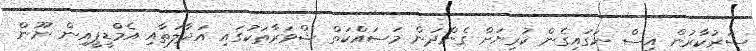
ސަރުކާރުން އިސް ނަގައިގެން ކުރިޔަށް ގެންދަން މަސައްކަތް ޝްވަރާތަކުގައި އަދާލަތާއި އެމްޑީޕީއިން ނޫން